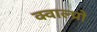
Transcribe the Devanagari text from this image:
क्वाल्प्रो